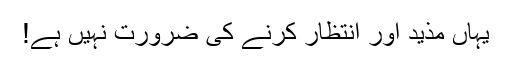
یہاں مذید اور انتظار کرنے کی ضرورت نہیں ہے!